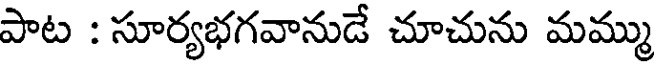
పాట : సూర్యభగవానుడే చూచును మమ్ము